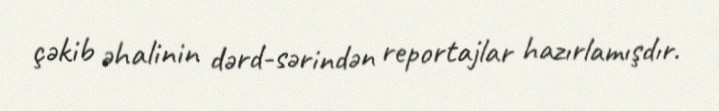
çəkib əhalinin dərd-sərindən reportajlar hazırlamışdır.